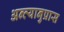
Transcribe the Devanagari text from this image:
अन्त्यानुप्रास